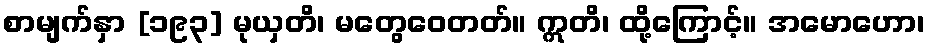
စာမျက်နှာ [၁၉၃] မုယှတိ၊ မတွေဝေတတ်။ ဣတိ၊ ထို့ကြောင့်။ အမောဟော၊